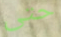
حتى